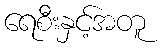
ရေစီးနှင့်အတူ